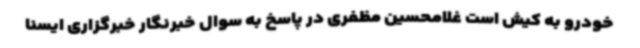
خودرو به کیش است غلامحسین مظفری در پاسخ به سوال خبرنگار خبرگزاری ایسنا